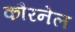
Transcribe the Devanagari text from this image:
कौरनेल